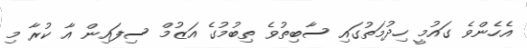
އެހެންވެ ގައުމީ ހިދުމަތުގައި ސާބިތުވެ ތިބުމުގެ އަޒުމް ސިފައިން އާ ކުރާ މި